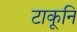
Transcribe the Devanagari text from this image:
टाकूनि